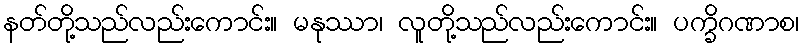
နတ်တို့သည်လည်းကောင်း။ မနုဿာ၊ လူတို့သည်လည်းကောင်း။ ပက္ခိဂဏာစ၊